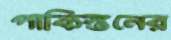
পাকিস্তনের